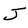
Character: J